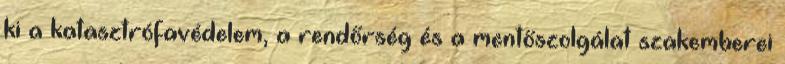
ki a katasztrófavédelem, a rendőrség és a mentőszolgálat szakemberei